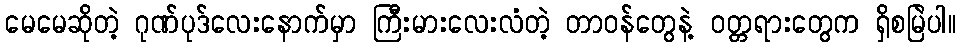
မေမေဆိုတဲ့ ဂုဏ်ပုဒ်လေးနောက်မှာ ကြီးမားလေးလံတဲ့ တာဝန်တွေနဲ့ ဝတ္တရားတွေက ရှိစမြဲပါ။